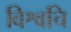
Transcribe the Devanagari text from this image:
विश्वचि